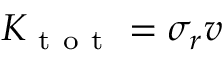
K _ { \mathrm { ~ t ~ o ~ t ~ } } = \sigma _ { r } v